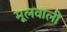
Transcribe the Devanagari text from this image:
मूलवाली